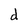
Character: d